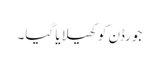
جورڈن کو کھیلا یا گیا۔